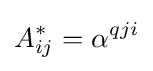
A_{ij}^{*}=\alpha ^{qji}